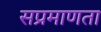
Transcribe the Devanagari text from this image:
सप्रमाणता